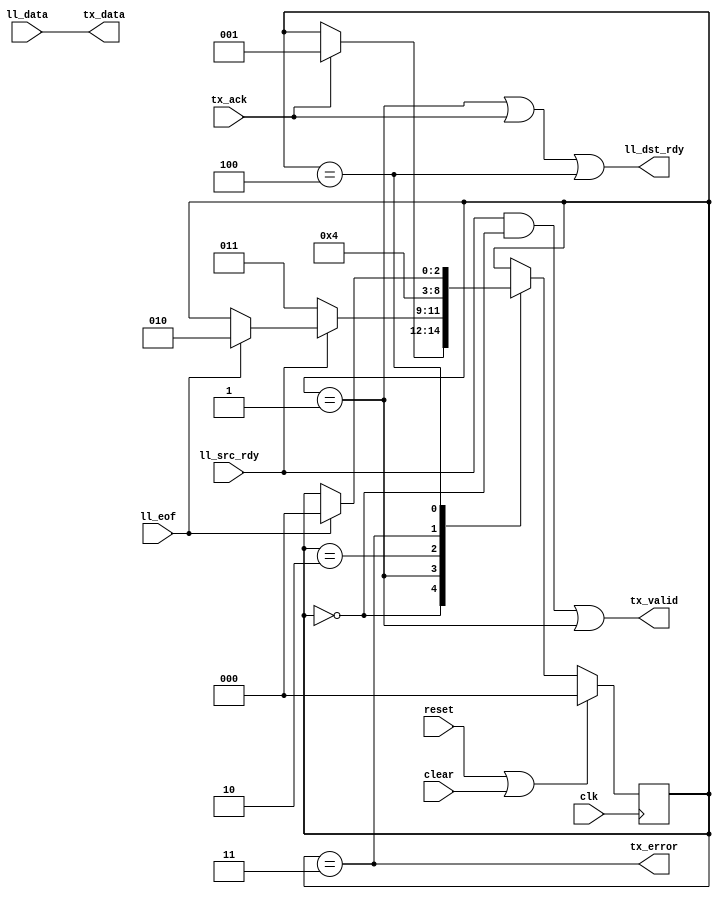
//
// Copyright 2011 Ettus Research LLC
// Copyright 2018 Ettus Research, a National Instruments Company
//
// SPDX-License-Identifier: LGPL-3.0-or-later
//



module ll8_to_txmac
  (input clk, input reset, input clear,
   input [7:0] ll_data, input ll_eof, input ll_src_rdy, output ll_dst_rdy,
   output [7:0] tx_data, output tx_valid, output tx_error, input tx_ack );

   reg [2:0] xfer_state;

   localparam XFER_IDLE      = 0;
   localparam XFER_ACTIVE    = 1;
   localparam XFER_WAIT1     = 2;
   localparam XFER_UNDERRUN  = 3;
   localparam XFER_DROP      = 4;
   
   always @(posedge clk)
     if(reset | clear)
       xfer_state 	    <= XFER_IDLE;
     else
       case(xfer_state)
	 XFER_IDLE :
	   if(tx_ack)
	     xfer_state <= XFER_ACTIVE;
	 XFER_ACTIVE :
	   if(~ll_src_rdy)
	     xfer_state <= XFER_UNDERRUN;
	   else if(ll_eof)
	     xfer_state <= XFER_WAIT1;
	 XFER_WAIT1 :
	   xfer_state <= XFER_IDLE;
	 XFER_UNDERRUN :
	   xfer_state <= XFER_DROP;
	 XFER_DROP :
	   if(ll_eof)
	     xfer_state <= XFER_IDLE;
       endcase // case (xfer_state)

   assign ll_dst_rdy 	 = (xfer_state == XFER_ACTIVE) | tx_ack | (xfer_state == XFER_DROP);
   assign tx_valid 	 = (ll_src_rdy & (xfer_state == XFER_IDLE))|(xfer_state == XFER_ACTIVE);
   assign tx_data 	 = ll_data;
   assign tx_error 	 = (xfer_state == XFER_UNDERRUN);
   
endmodule // ll8_to_txmac